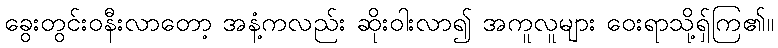
ခွေးတွင်းဝနီးလာတော့ အနံ့ကလည်း ဆိုးဝါးလာ၍ အကူလူများ ဝေးရာသို့ရှ်ကြ၏။